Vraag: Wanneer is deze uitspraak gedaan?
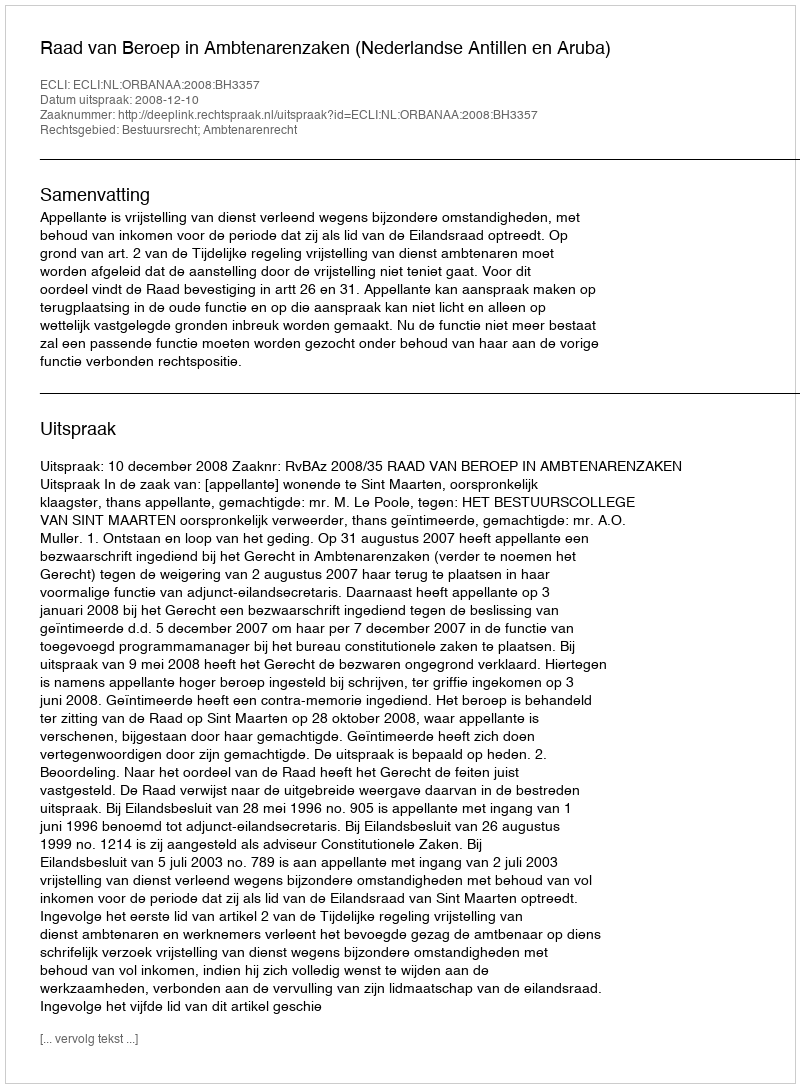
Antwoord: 2008-12-10